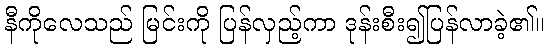
နီကိုလေသည် မြင်းကို ပြန်လှည့်ကာ ဒုန်းစီး၍ပြန်လာခဲ့၏။